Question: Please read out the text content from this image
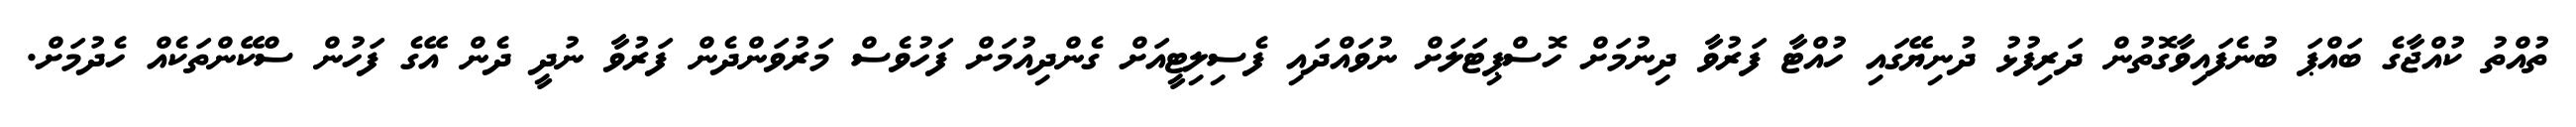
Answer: ތުއްތު ކުއްޖާގެ ބައްޕަ ބުނެފައިވާގޮތުން ދަރިފުޅު ދުނިޔޭގައި ހުއްޓާ ފަރުވާ ދިނުމަށް ހޮސްޕިޓަލަށް ނުވައްދައި ފެސިލިޓީއަށް ގެންދިއުމަށް ފަހުވެސް މަރުވަންދެން ފަރުވާ ނުދީ ދެން އޭގެ ފަހުން ސްކޭންތަކެއް ހެދުމަށް.